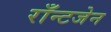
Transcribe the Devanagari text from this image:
राँन्टजेन